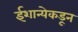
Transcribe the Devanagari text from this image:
ईशान्येकडून